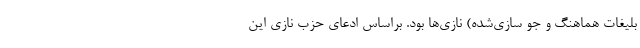
بلیغات هماهنگ و جو سازی‌شده) نازی‌ها بود. براساس ادعای حزب نازی این